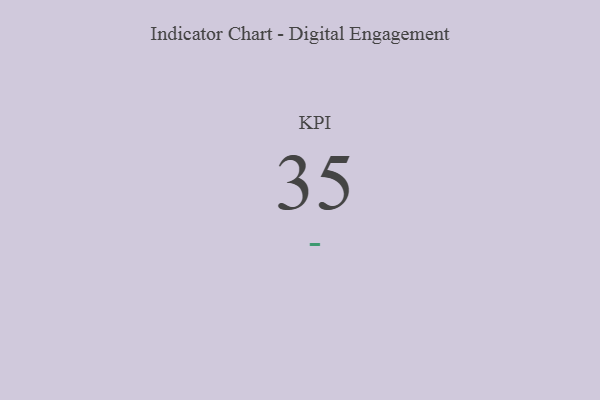
{"axis": {"x": "KPI", "y": "Value"}, "legend": [""], "data": [{"x": "KPI", "y": 35, "type": ""}]}